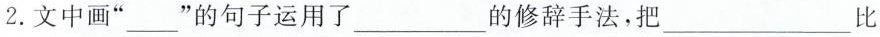
2.文中画”___”的句子运用了___的修辞手法，把___比